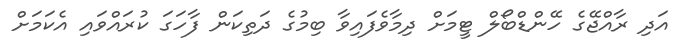
އަދި ރާއްޖޭގެ ހޭންޑްބޯލް ޓީމަށް ދިމާވެފައިވާ ބިމުގެ ދަތިކަން ފާހަގަ ކުރައްވައި އެކަމަށް